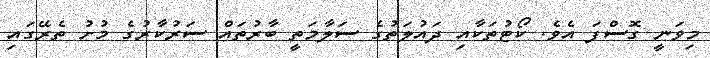
މިވަނީ ގޮސްފަ އެވެ. ކޯޓުތަކާއި ދައުލަތުގެ ސަލާމަތީ ބާރުތައް ސަރުކާރުގެ މުށު ތެރޭގައި